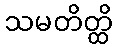
သမတိတ္ထိ